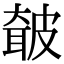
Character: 㿴